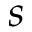
s